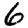
Digit: 6